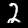
Digit: 2